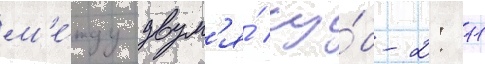
м'е́жду двум'я́ су́б-2: 11